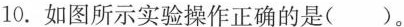
10.如图所示实验操作正确的是( )。